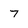
Character: 7